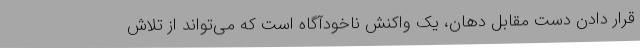
قرار دادن دست مقابل دهان، یک واکنش ناخودآگاه است که می‌تواند از تلاش